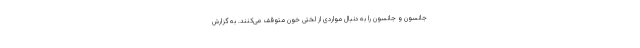
جانسون و جانسون را به دنبال مواردی از لختی خون متوقف می‌کنند. به گزارش